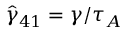
\hat { \gamma } _ { 4 1 } = \gamma / \tau _ { A }